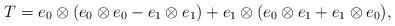
LaTeX: \begin{align*}T=e_0\otimes(e_0\otimes e_0-e_1\otimes e_1)+e_1\otimes (e_0\otimes e_1+e_1\otimes e_0),\end{align*}